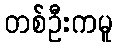
တစ်ဦးကမူ